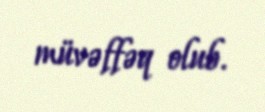
müvəffəq olub.